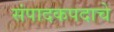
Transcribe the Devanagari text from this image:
संपादकपदाचे